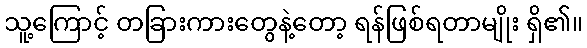
သူ့ကြောင့် တခြားကားတွေနဲ့တော့ ရန်ဖြစ်ရတာမျိုး ရှိ၏။